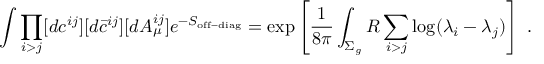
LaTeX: \int \prod _ { i > j } [ d c ^ { i j } ] [ d \bar { c } ^ { i j } ] [ d A _ { \mu } ^ { i j } ] e ^ { - S _ { \mathrm { o f f - d i a g } } } = \exp \left[ { \frac { 1 } { 8 \pi } } \int _ { \Sigma _ { g } } R \sum _ { i > j } \log ( \lambda _ { i } - \lambda _ { j } ) \right] ~ .